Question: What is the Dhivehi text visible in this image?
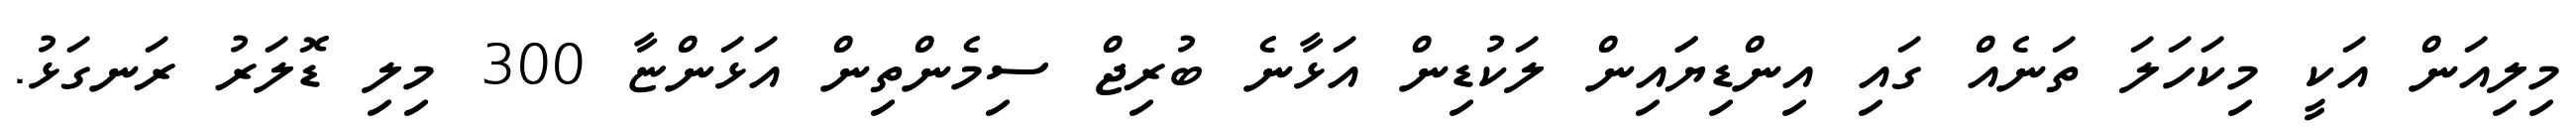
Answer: މިލިއަން އަކީ މިކަހަލަ ތަނެއް ގައި އިންޑިޔަައިން ލަކުޑިން އަޅާނެ ބުރިޖް ސިމެންތިން އަޅަންޏާ 300 މިލި ޑޮލަރު ރަނގަޅު.